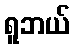
ရူဘယ်